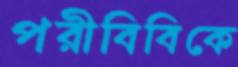
পরীবিবিকে